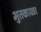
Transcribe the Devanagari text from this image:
भुतकाळा